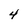
Character: 4